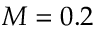
M = 0 . 2